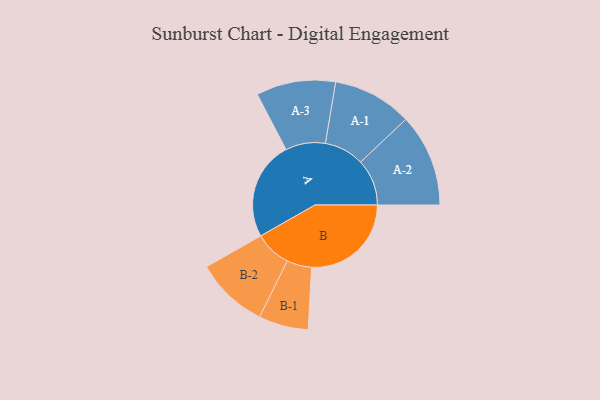
{"axis": {"x": "Segment", "y": "Value"}, "legend": ["", "A", "B"], "data": [{"x": "A", "y": 444, "type": ""}, {"x": "B", "y": 449, "type": ""}, {"x": "A-1", "y": 179, "type": "A"}, {"x": "A-2", "y": 209, "type": "A"}, {"x": "A-3", "y": 179, "type": "A"}, {"x": "B-1", "y": 112, "type": "B"}, {"x": "B-2", "y": 164, "type": "B"}]}